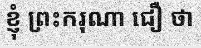
ខ្ញុំ ព្រះករុណា ជឿ ថា